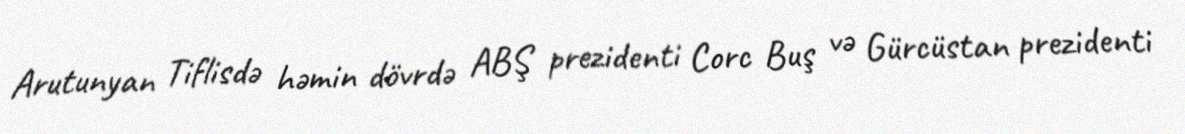
Arutunyan Tiflisdə həmin dövrdə ABŞ prezidenti Corc Buş və Gürcüstan prezidenti